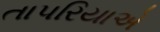
તાપરિયાએ